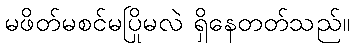
မဖိတ်မစင်မပြိုမလဲ ရှိနေတတ်သည်။